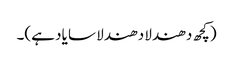
(کچھ دھندلا دھندلا سا یاد ہے)۔